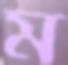
ম